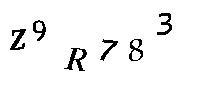
Z9R783